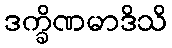
ဒက္ခိဏမာဒိသိ